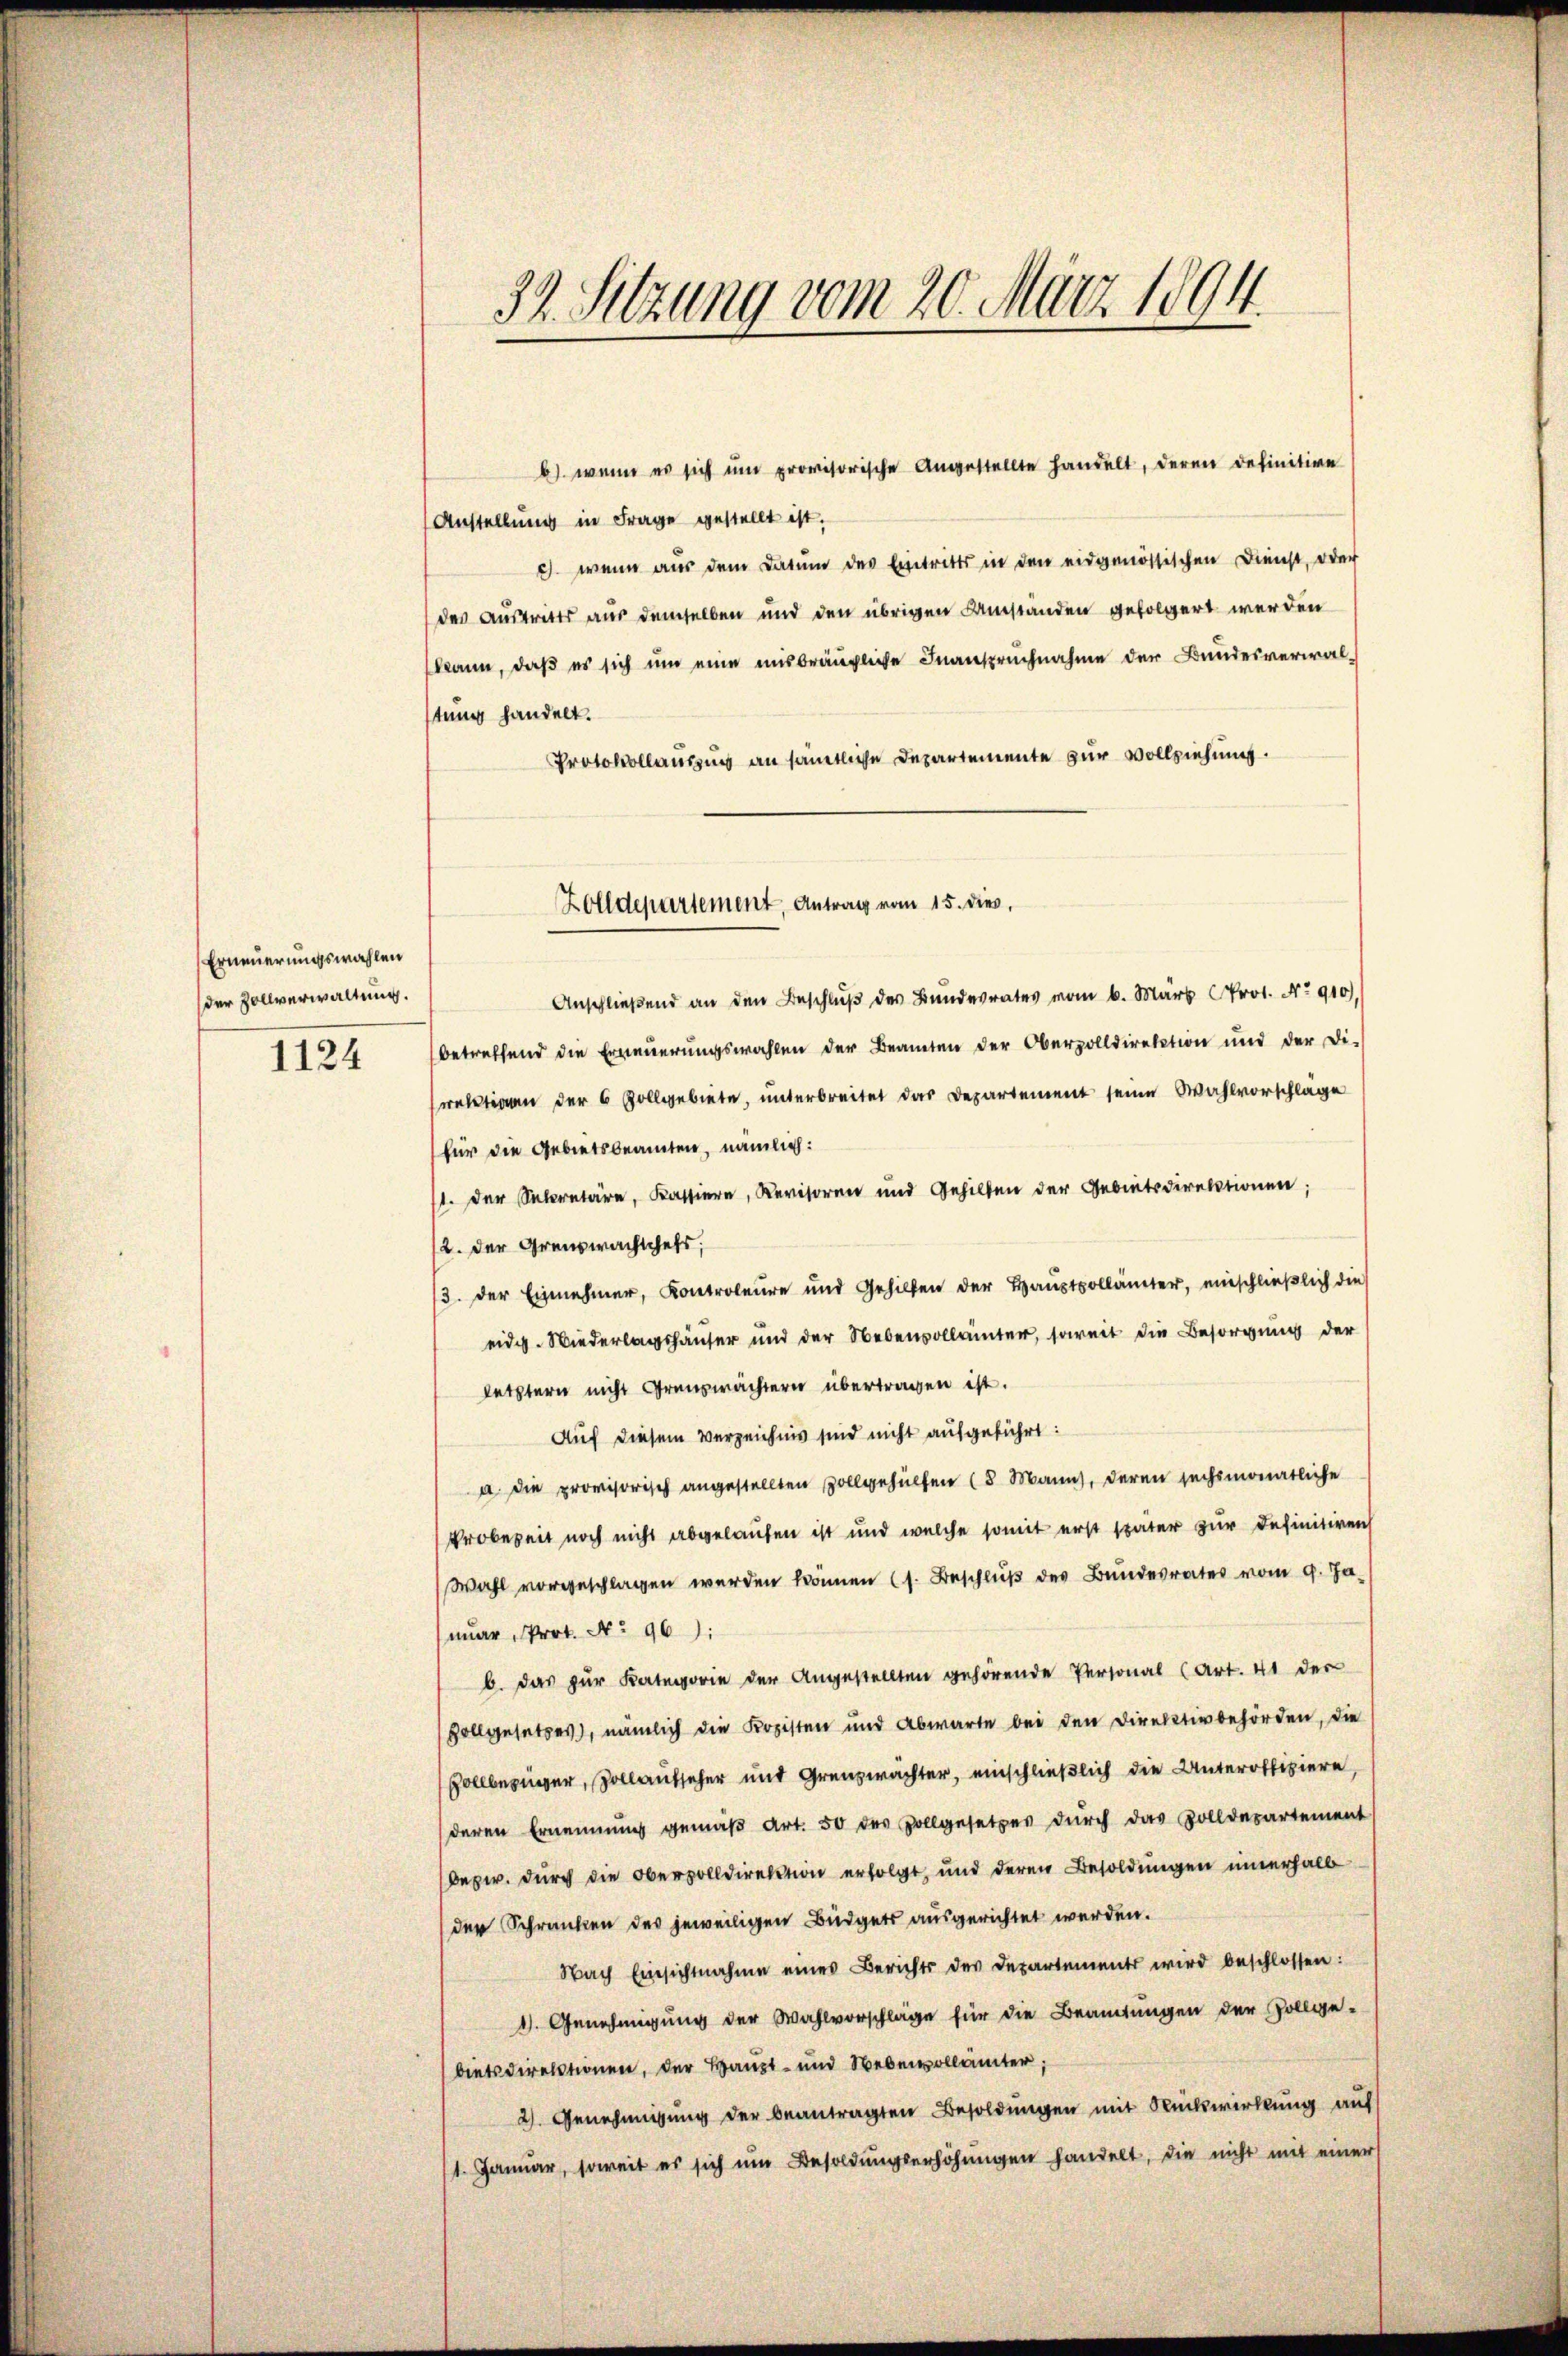
Erneuerungswahlen
der Zollverwaltung.
1124

39. Sitzung vom 20. März 1894.

b) wenn es sich um provisorische Angestellte handelt, deren definitive
Anstellung in Frage gestellt ist.
c. wenn aus dem Datum des Eintritts in den eidgenössischen Dienst, oder
des Austritts aus demselben und den übrigen Samstanden gefolgert werden
kann, daß es sich um eine misbräugliche Inanspruchnahme der Bundesverwalstung handelt.
Protokollausung an sämtliche Departemente zur Vollziehung.
Anschließend an den Beschluß des Bundesrates vom 6. März Prot. No 910),
betreffend die Erneuerungswahlen der Beanten der Oberzolldirektion und der Di-
rektionen der 6 Zollgebiete, unterbreitet das Departement seine Wahlvorschläge
für die Gebietsbeamten, nämlich:
1. der Secretäre, Kassiere, Revisoren und Gehilten der Gebietsdirektionen;
2. der Grenzwachschefs,
3. Der Einnehmer, Kontroleure und Gehilfen der Haŭstollämter, einschließlich die
eidg. Wiederlagshäuser und der Nebenvollanter, soweit die Besorgung der
letztern nicht Grauswächtern übertragen ist.
Auf diesem Verzeichnis sind nicht aufgeführt:
a. die provisorisch angestellten Vollgehülfen (5 Manns, deren sechsmonatliche
Probezeit noch nicht abgelaufen ist und welche somit erst später zur Definitiven
Wahl vorgeschlagen werden können (s. Beschluß des Bundesrates vom 9. Januar, Prot. No 96):
b. das zur Kategorie der Angestellten gehörende Personal (Art. 41 der
vollgesetzes), nämlich die Kopisten und Abwarte bei den Direktivbehörden, die
ollbezüger, Zollaufseher und Grenzwächter, einschließlich die Unteroffiziere,
deren Ernennung gemäβ Art. 50 des Vollgesetzes dŭrch das Zolldepartement
beper. Durch die Obervolldirektion erfolgt, und deren Besoldungen innerhalb
der Schranken des jeweiligen Büdgets ausgerichtet werden.
Nach Einsichtnahme eines Berichts der Departements wird beschlossen:
1. Genehmigung der Wahlvorschläge für die Beamtungen der Zollge-
bietsdirektionen, der Haupt- und Nebenvollämter;
2). Genehmigung der beantragten Besoldungen mit Ruckswirkung auf
1. Januar, soweit es sich um Besoldŭngserhöhŭngen handelt, die nicht mit einer

Zolldepartement, Antrag vom 15. dies,